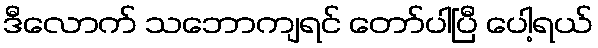
ဒီလောက် သဘောကျရင် တော်ပါပြီ ပေါ့ရယ်